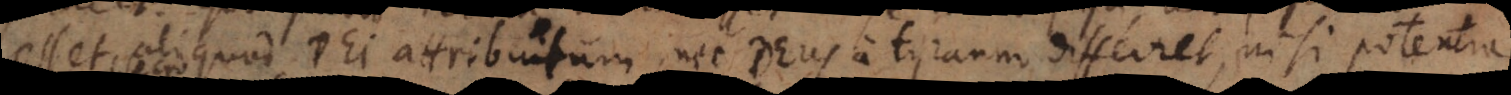
esset aliquod Dei attributum, nec Deus a tyranno differret, nisi potentia.